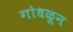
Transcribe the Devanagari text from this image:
गोधळून